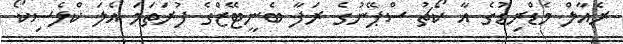
ރެއާލް މެޑްރިޑުގެ އާ ކޯޗު ސްޕޭނުގެ ރަފާ ބެނީޓޭޒްގެ ފުރަތަމަ އެލަ ކްލެސިކޯ